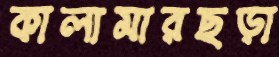
কালামারছড়া